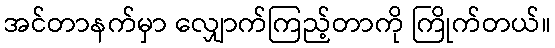
အင်တာနက်မှာ လျှောက်ကြည့်တာကို ကြိုက်တယ်။